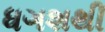
ધગશથી